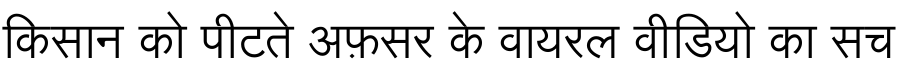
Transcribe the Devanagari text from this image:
किसान को पीटते अफ़सर के वायरल वीडियो का सच